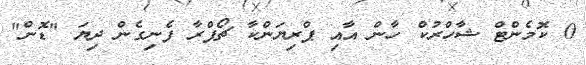
0 ކޮމެންޓް ޝާހްރުކް ހާން އާއި ޕްރިޔަންކާ ޗޯޕްރާ ފެނިގެން ދިޔަ "ޑޮން"